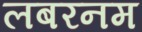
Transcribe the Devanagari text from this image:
लबरनम